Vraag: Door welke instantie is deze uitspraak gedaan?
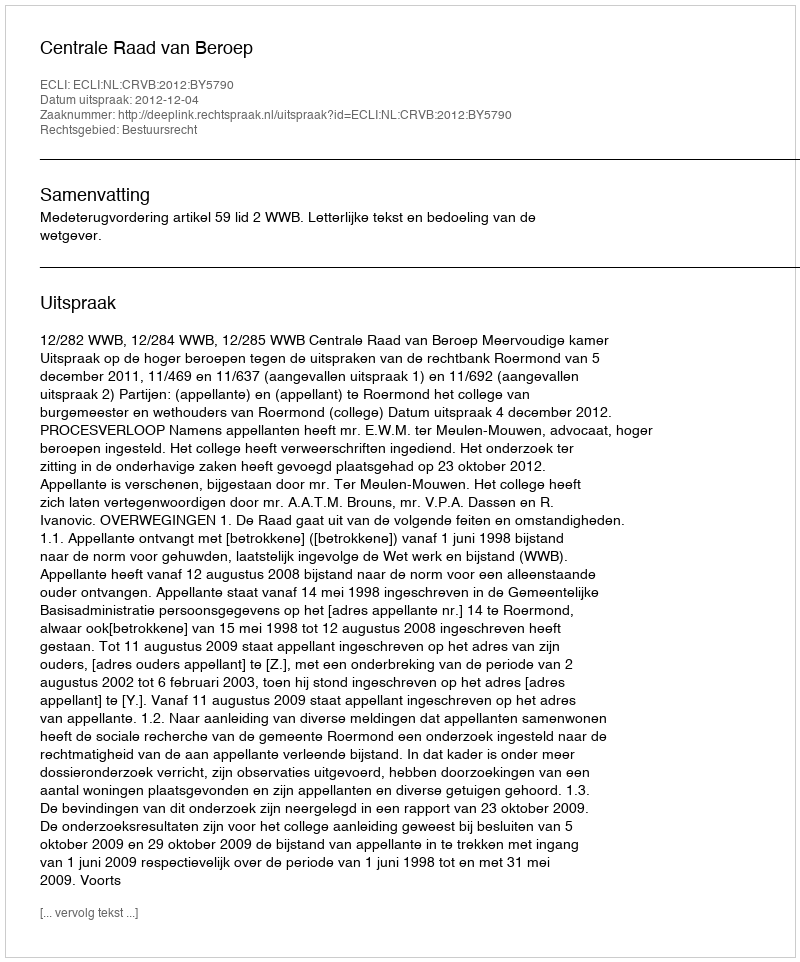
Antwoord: Centrale Raad van Beroep